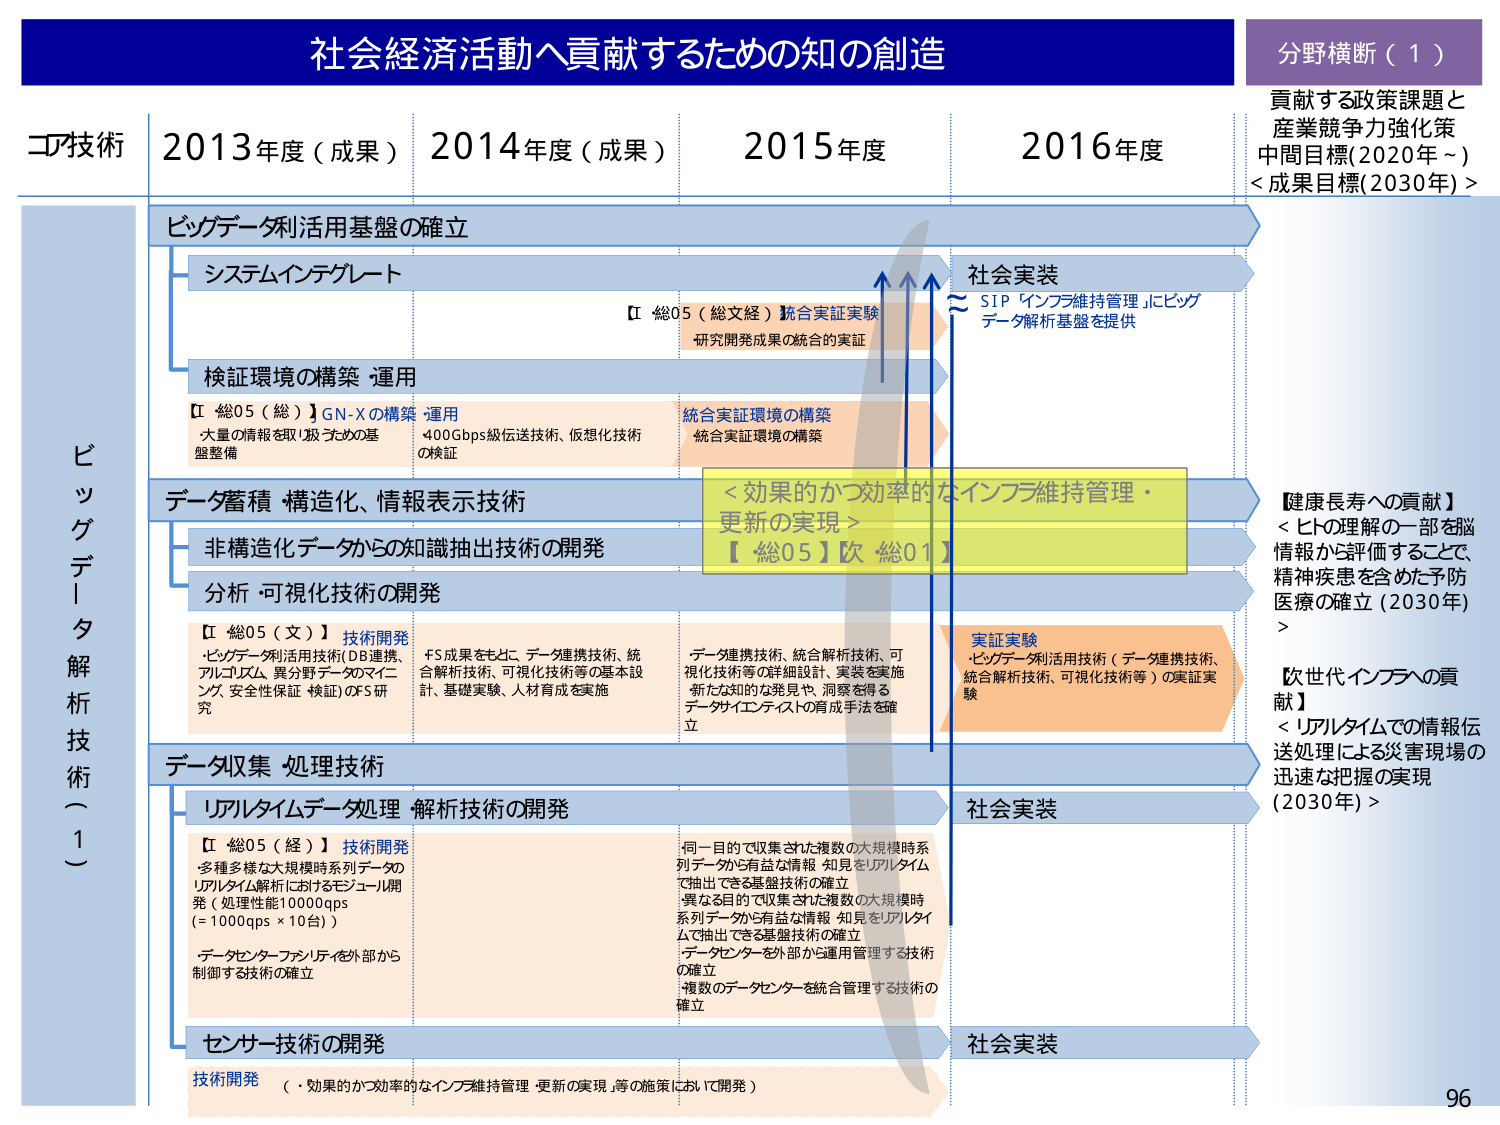
社会経済活動へ貢献するための知の創造
分野横断（１）
貢献する政策課題と産業競争力強化策
中間目標（2020年～）
＜成果目標（2030年）＞

コア技術
2013年度（成果）
2014年度（成果）
2015年度
2016年度

ビッグデータ解析技術（一）

ビッグデータ利活用基盤の確立
　システムインテグレート
　【総05（総文経）】統合実証実験
　　　研究開発成果の統合的実証
　検証環境の構築・運用
　【総05（総）】GN-Xの構築・運用
　　・大量の情報を取り扱うための基盤整備
　　・400Gbps級伝送技術、仮想化技術の検証
　統合実証環境の構築
　　統合実証環境の構築

社会実装
　～SIP「インフラ維持管理」にビッグデータ解析基盤を提供

データ蓄積・構造化、情報表示技術
　非構造化データからの知識抽出技術の開発
　分析・可視化技術の開発
　【総05（文）】技術開発
　　・ビッグデータ利活用技術（DB連携、アルゴリズム、異分野データのマッチング、安全性保証・検証）のFS研究
　　・FS成果をもとに、データ連携技術、統合解析技術、可視化技術等の基本設計、基礎実験、人材育成を実施
　　・データ連携技術、統合解析技術、可視化技術等の詳細設計、実装を実施
　　・新たな知的な発見や、洞察を得るデータサイエンティストの育成手法を確立

＜効果的かつ効率的なインフラ維持管理・更新の実現＞
【総05】次 総01

実証実験
　・ビッグデータ利活用技術（データ連携技術、統合解析技術、可視化技術等）の実証実験

【健康長寿への貢献】
　＜ヒトの理解の一部を脳情報から評価することで、精神疾患を含めた予防医療の確立（2030年）＞

【次世代インフラへの貢献】
　＜リアルタイムでの情報伝送処理による災害現場の迅速な把握の実現（2030年）＞

データ収集・処理技術
　リアルタイムデータ処理・解析技術の開発
　【総05（経）】技術開発
　　・多種多様な大規模時系列データのリアルタイム解析におけるモジュール開発（処理性能10000qps（＝1000qps×10台））
　　・データセンターファシリティを外部から制御する技術の確立
　　・同一目的で収集された複数の大規模時系列データから有益な情報・知見をリアルタイムで抽出できる基盤技術の確立
　　・異なる目的で収集された複数の大規模時系列データから有益な情報・知見をリアルタイムで抽出できる基盤技術の確立
　　・データセンターを外部から運用管理する技術の確立
　　・複数のデータセンターを統合管理する技術の確立

社会実装

センサー技術の開発
　技術開発
　　（・効果的かつ効率的なインフラ維持管理・更新の実現等の施策において開発）

社会実装

96